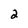
Character: 2